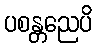
ပစန္တညေပိ